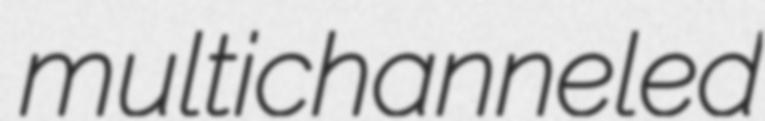
multichanneled